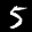
Label: 5